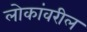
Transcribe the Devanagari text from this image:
लोकांवरील